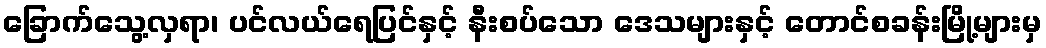
ခြောက်သွေ့လှရာ၊ ပင်လယ်ရေပြင်နှင့် နီးစပ်သော ဒေသများနှင့် တောင်စခန်းမြို့များမှ